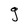
Character: g